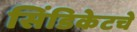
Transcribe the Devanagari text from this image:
सिंडिकेटचे